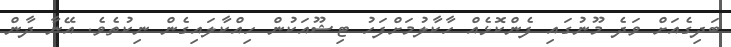
ބަދިގެއަށް ވަދެ މޫނުގައި ފެންކޮޅެއް ހާކާލުމަށްފަހު ޓިޝޫއަކުން ހިއްކާލައިގެން ނިކުތެވެ. އޭނާ ދާން